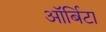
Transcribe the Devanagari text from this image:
ऑर्बिटा